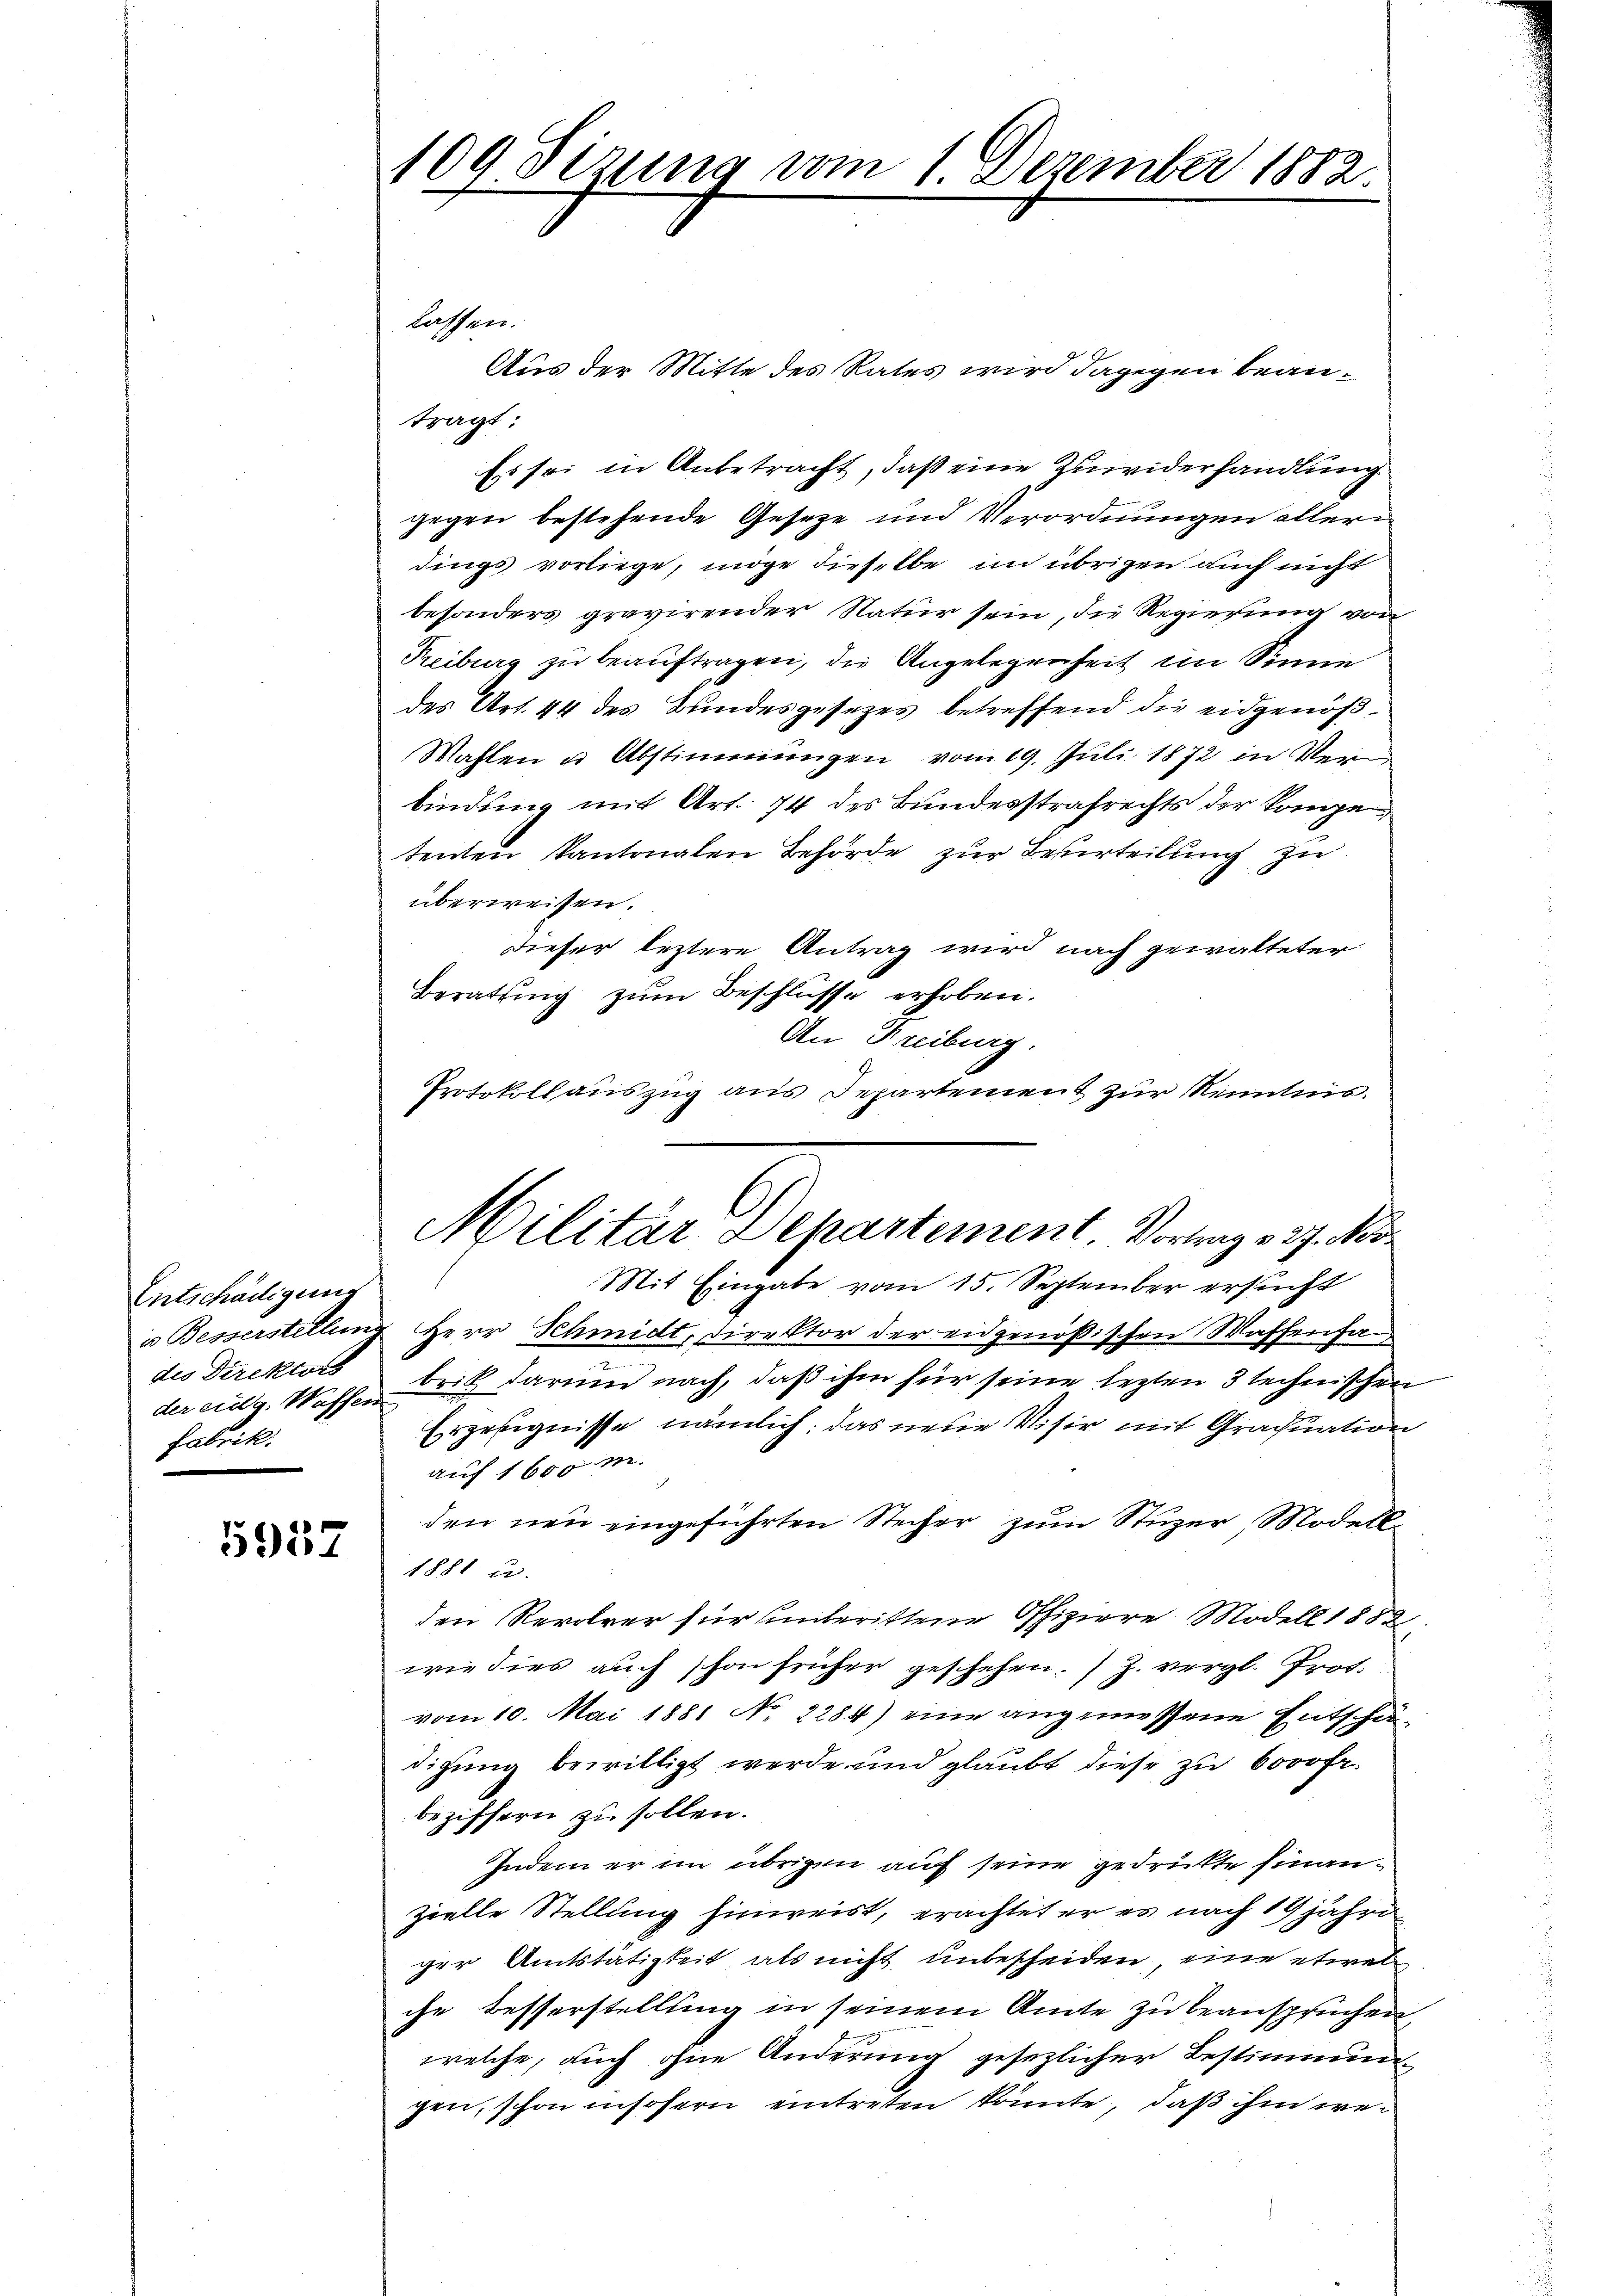
Entschädigung
in Besserstellun
des Direktors
fabrik.

3301

109 Sizung vom 1. Dezember 1882.

lassen.
Aus der Mitte des Rates wird dagegen beantragt:
Es sei in Anbetracht, daß eine Zuwiderhandlung
gegen bestehende Gesetze und Verordnungen allerdings vorliege, möge dieselbe im übrigen auch nicht
besonders gravirender Natur sein, die Regierung von
Treiburg zu beauftragen, die Angelegenheit im Sinne
des Art. 44 des Bundesgesetzes betreffend die eidgenöß¬
Wahlen u. Abstimmungen vom 19. Juli 1872 in Verbindung mit Art. 74 des Bundesstrafrechts der konige
tenten Kantonalen Behörde zur Beurteilung zu
überweisen.
dieser leztere Antrag wird nach gewalteter
Beratung zŭm Beschlüsse erhoben.
An Freiburg.
Protokollauszug aus Departement zur Kenntnis.
Mit Eingabe vom 15. September ersucht
Herr Schmidt, Direktor der eidgenößischen Waffenfan
der eidg. Wasse Teil darum nach, daß ihm für seine lezten 3 technischen
Erzeugnisse nämlich: das neue Visir mit Graduation
auf 1600 m.
den neu eingeführten Stecher zum Stuzer, Modell-
1881 u.
den Revolver für unberittene Offiziere Modell 1882
wie dies auch schon früher geschehen. / Z. vergl. Prot.
vom 10. Mai 1881 No 2284) eine angemessene Entschädigung bewilligt werde und glaubt diese zu 6000 Fr.
beziffern zu sollen.
Indem er im übrigen auf seine gedruckte finanzielle Stellung hinweist, erachtet er es nach 19 jähre
ger Amtstätigkeit, als nicht unbescheiden, eine etwas
che Besserstellung in seinem Amte zu beanspruchen,
welche, auch ohne Änderung gesezlicher Bestimmungen, schon insofern eintreten könnte, daß ihm we¬

Militär Departement. Vortrag 227. Nov.